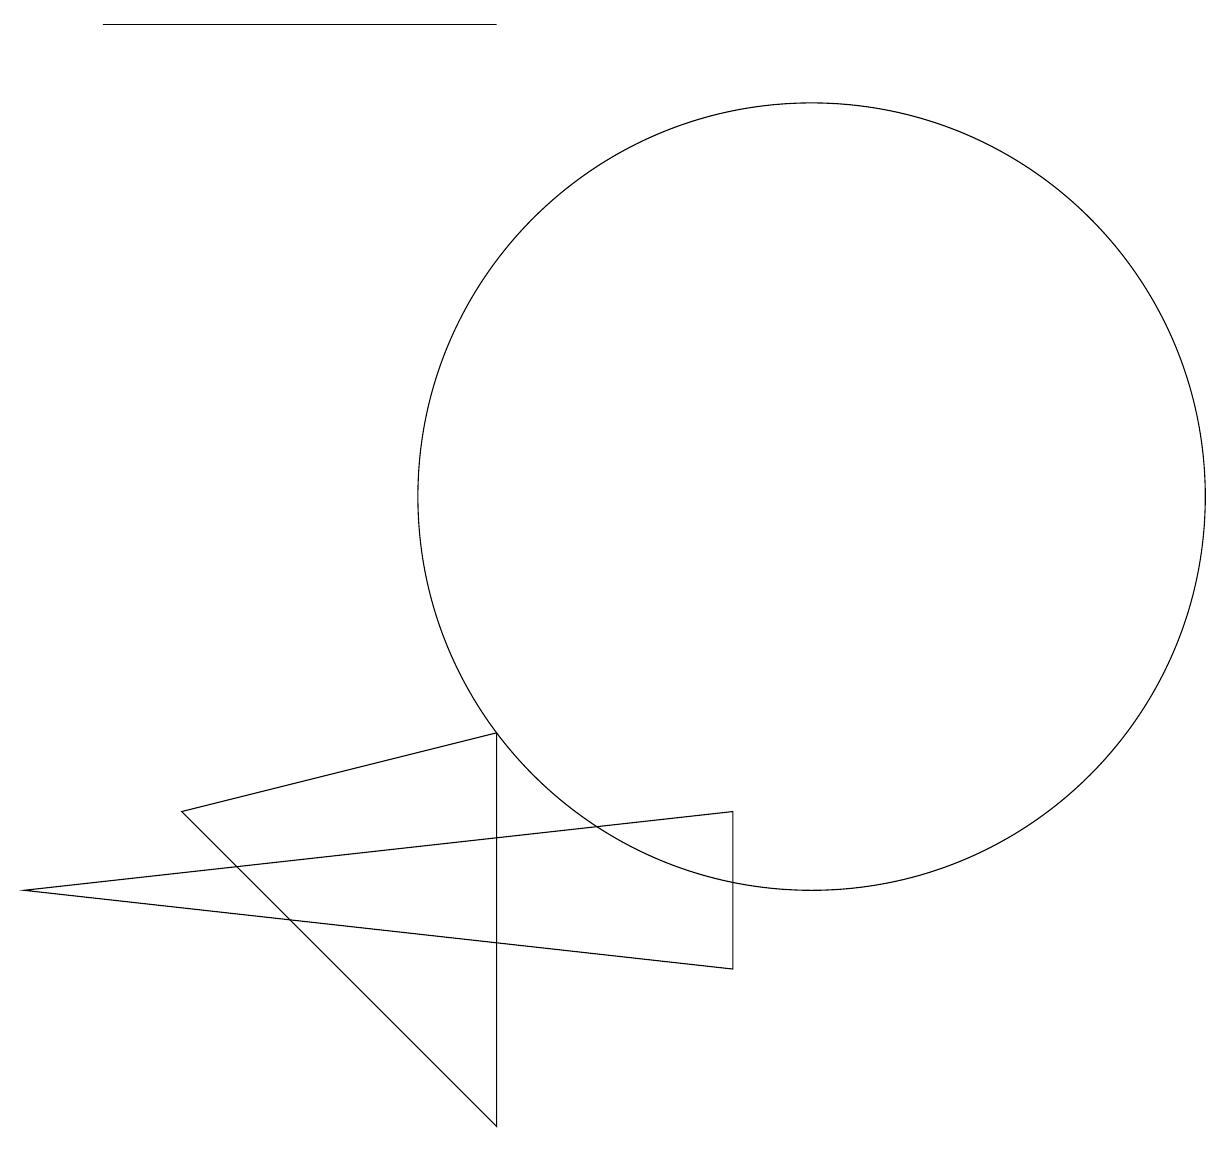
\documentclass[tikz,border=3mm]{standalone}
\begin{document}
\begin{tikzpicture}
\draw (2,7) -- (6,8) -- (6,3) -- cycle;
\draw (9,7) -- (0,6) -- (9,5) -- cycle;
\draw (10,11) circle (5);
\draw (1,17) rectangle (6,17);
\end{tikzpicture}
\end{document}